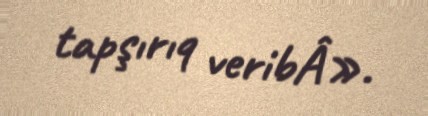
tapşırıq veribÂ».